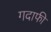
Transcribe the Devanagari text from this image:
गदाफी